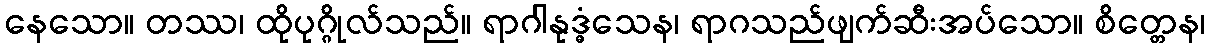
နေသော။ တဿ၊ ထိုပုဂ္ဂိုလ်သည်။ ရာဂါနုဒ္ဓံသေန၊ ရာဂသည်ဖျက်ဆီးအပ်သော။ စိတ္တေန၊